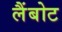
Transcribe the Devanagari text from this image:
लैंबोट